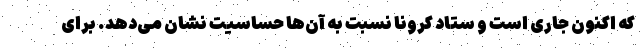
که اکنون جاری است و ستاد کرونا نسبت به آن‌ها حساسیت نشان می‌دهد. برای